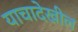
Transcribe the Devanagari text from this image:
याचादेखील